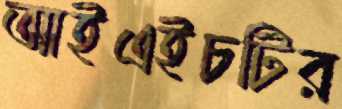
আইএইচটির